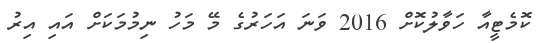
ކޮމެޓީއާ ހަވާލުކޮށް 2016 ވަނަ އަހަރުގެ މޭ މަހު ނިމުމަކަށް އައި އިރު